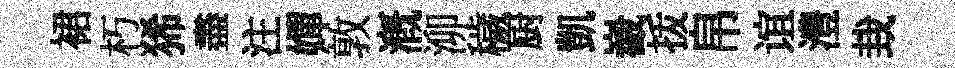
裙朽狶盡注嬋敦溉泖穢厨凱嶻㧞帛谊澧㘽